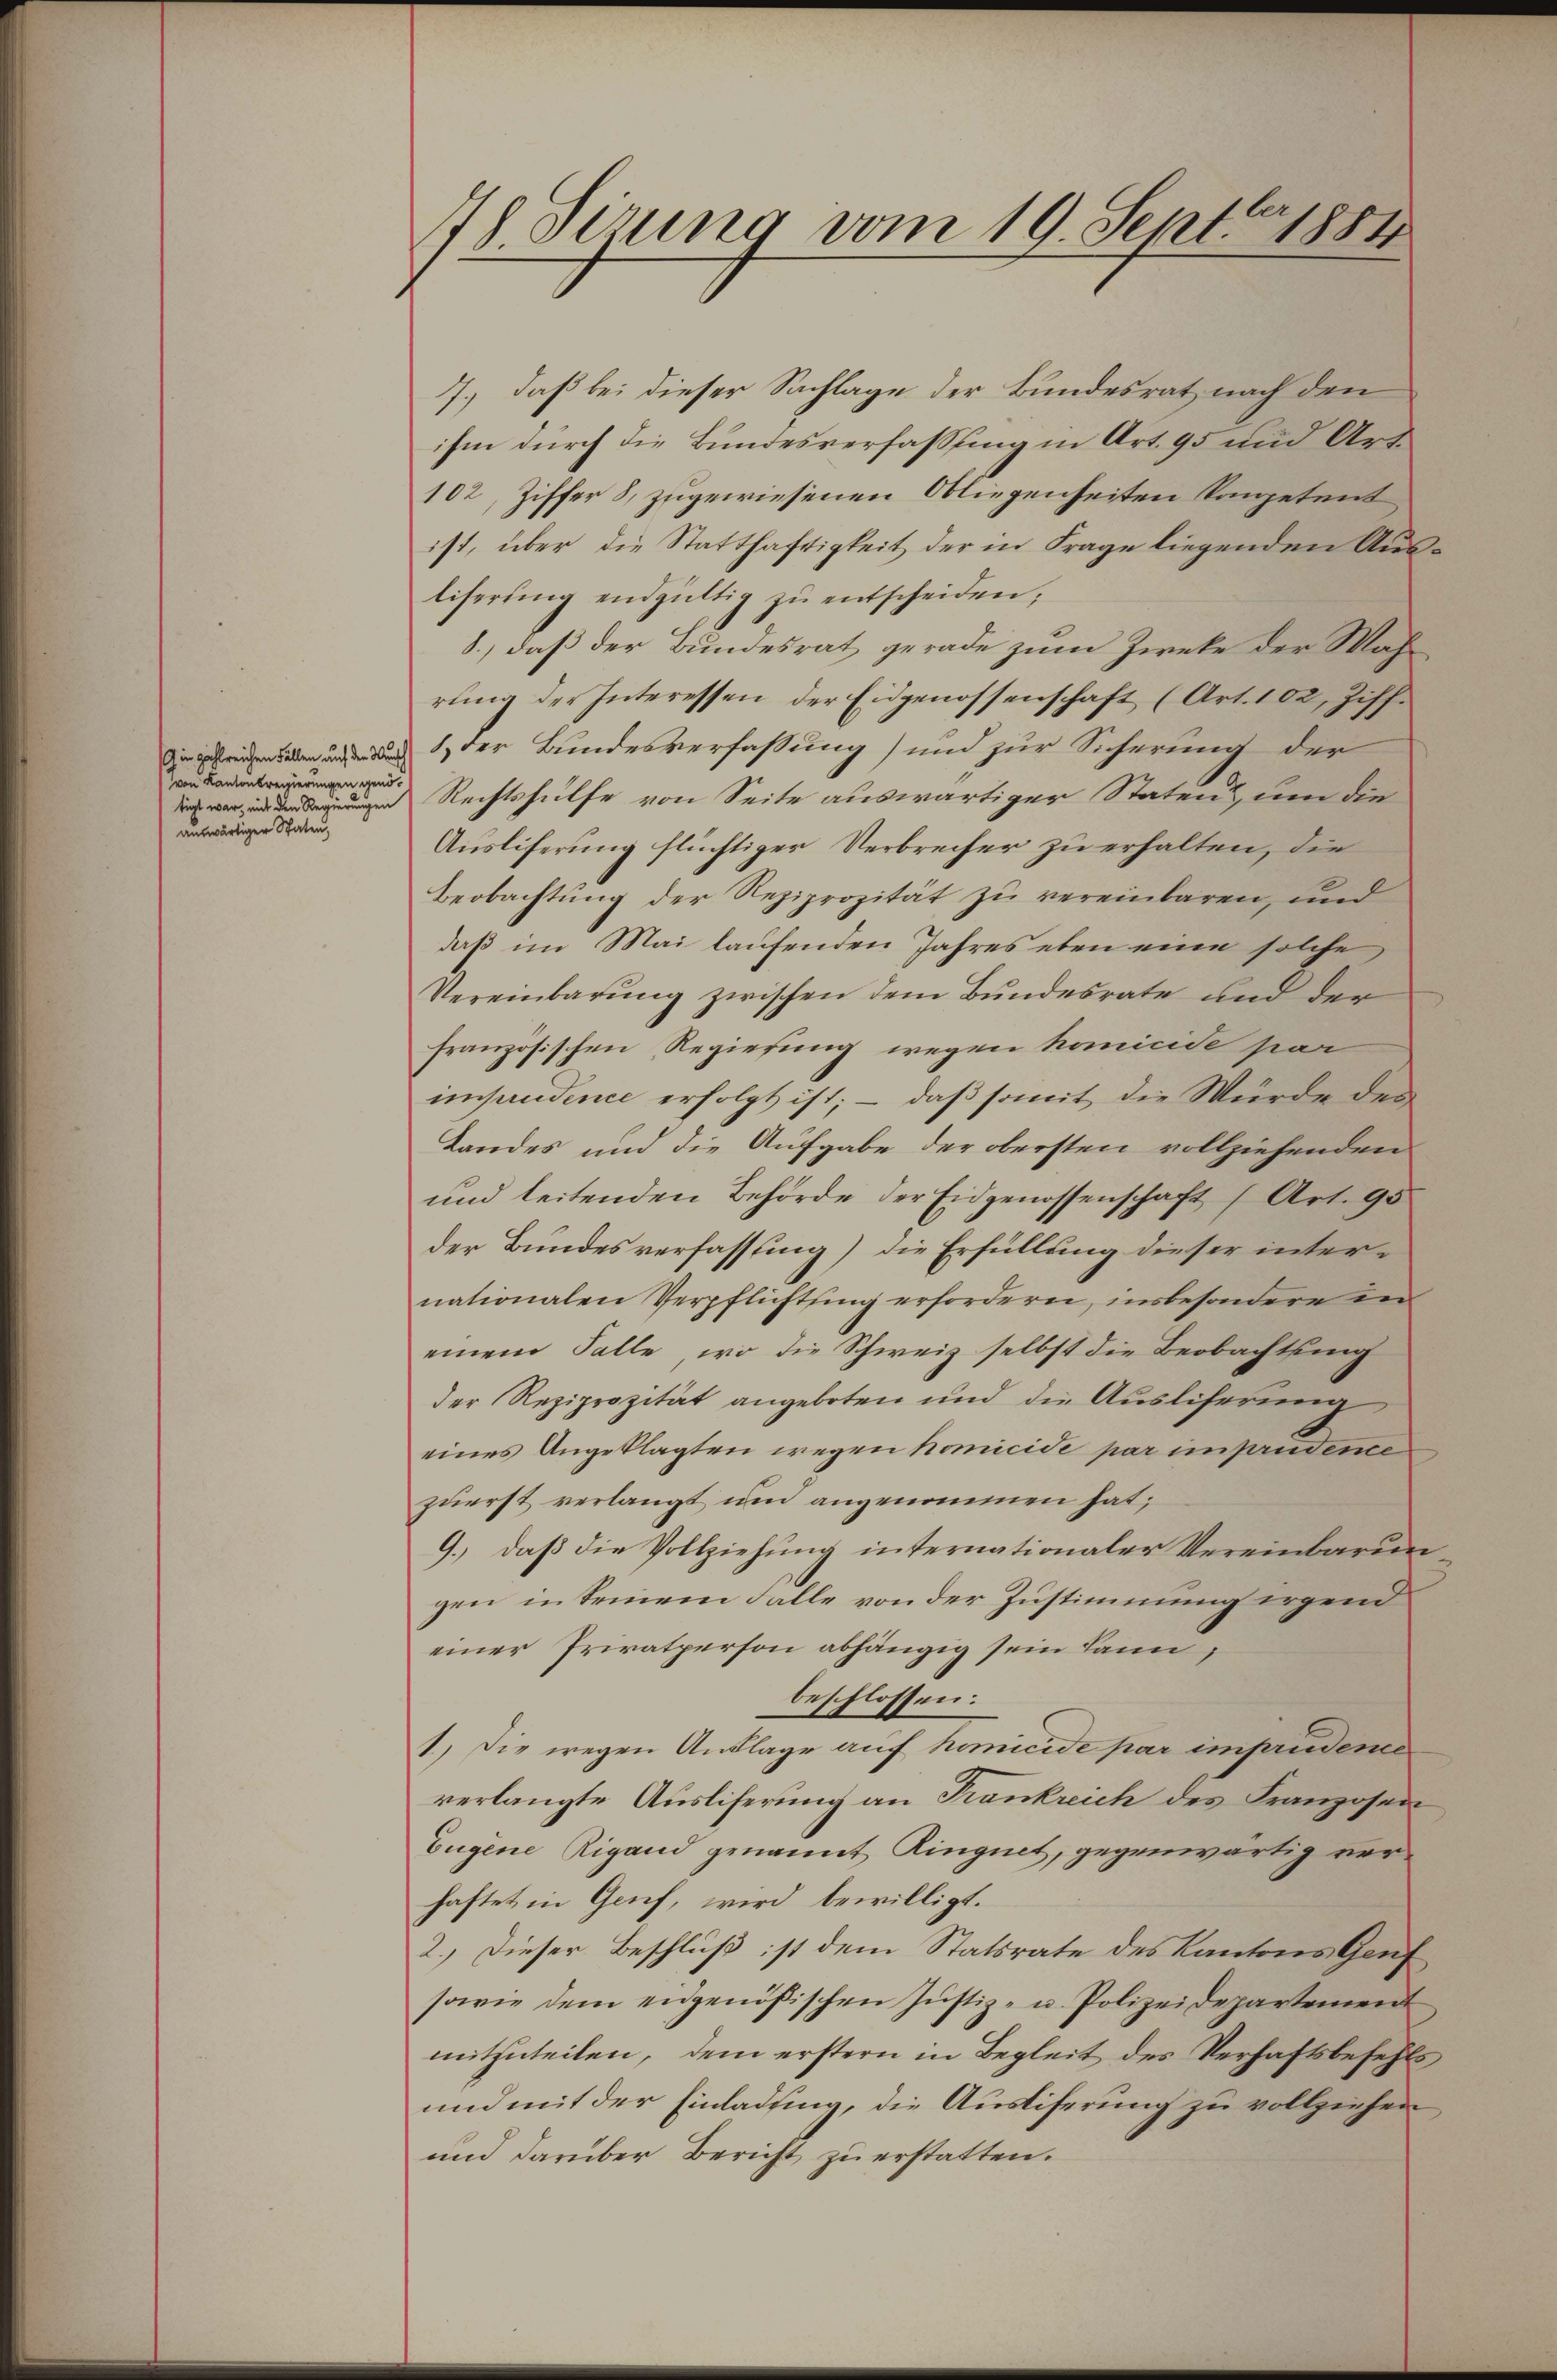
(von Kantonsregierungen genötigt war, mit den Regierungen
auswärtiger Staten,

78. Sizung vom 19. Sept. 1884

7.) daß bei dieser Sachlage der Bundesrat nach den
ihm durch die Bundesverfassung in Art. 95 und Art
102, Ziffer 8, zugewiesenen Obliegenheiten kompetent
ist, über die Statthaftigkeit der in Frage liegenden Ausliserŭng endgültig zŭ entscheiden,
d., daß der Bundesrat gerade zum Zwecke der Mahrung der Interessen der Eidgenossenschaft (Art. 102, Ziff.
 1 der Bundesverfassung) und zur Sicherung der
Rechtshülfe von Seite auswärtiger Staten um die
Ausliferung flüchtiger Verbrecher zu erhalten, die
Beobachtung der Reziprozität zu vereinbaren, und
daß im Mai laufenden Jahres eben eine solche
Vereinbarung zwischen dem Bundesrate und der
französischen Regierung wegen homicide par
imprudence erfolgt ist; — daß somit die Würde des
Landes und die Aufgabe der obersten vollziehenden
und leitenden Behörde der Eidgenossenschaft (Art. 95
der Bundesverfassung) die Erfüllung dieser internationalen Verpflichtung erfordern, insbesondere in
einem Falle, wo die Schweiz selbst die Beobachtung
der Reziprozität angeboten und die Ausliferung
eines Angeklagten wegen homicide par imprudene
zuerst verlangt und angenommen hat;
9.), daß die Vollziehung internationaler Vereinbarun
gen in keinem Falle von der Zustimmung irgend
einer Privatperson abhängig sein kann;
beschlossen:
1.) Die wegen Anklage auf homicide par impruideme
verlangte Ausliferung an Krankreich des Franzosen
Eugene Rigand genannt Ringnet, gegenwärtig verhaftet in Genf, wird bewilligt.
2.) Dieser Beschluß ist dem Statsrate des Kantons Genf
sowie dem eidgenößischen Jŭstiz- u. Polizeidepartement
mitzuteilen, dem erstern in Begleit des Verhaftsbefehls¬
und mit der Einladung, die Austiferung zu vollziehen
und darüber Bericht zu erstatten.

2